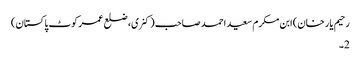
رحیم یار خان) ابن مکرم سعید احمد صاحب (کنری، ضلع عمر کوٹ پاکستان)
2۔